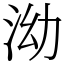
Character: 泑